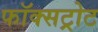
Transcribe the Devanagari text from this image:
फॉक्सट्रोट